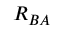
R _ { B A }